Medical and sanitary report of the native army of Bengal for the year
Year: 1876
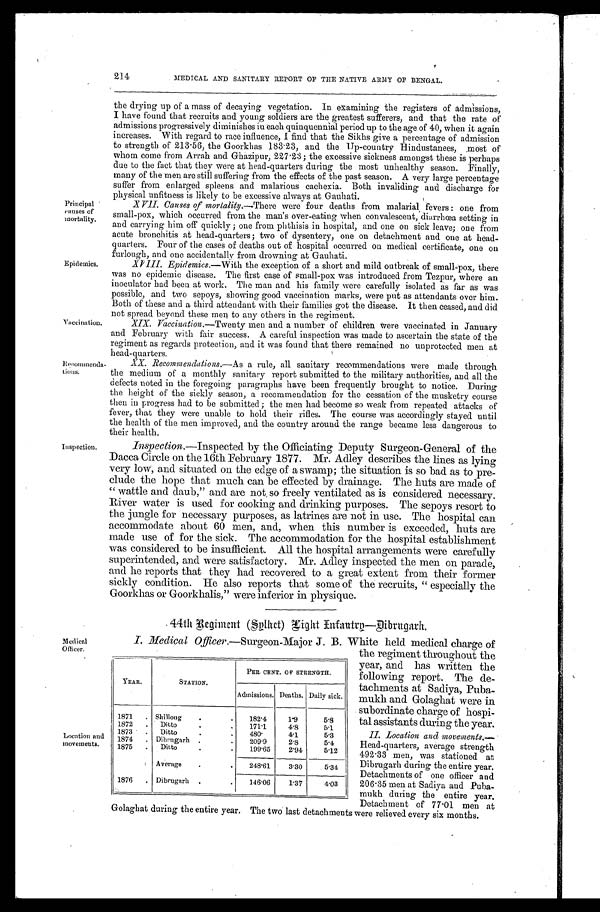
214
MEDICAL AND SANITARY REPORT OF THE NATIVE ARMY OF BENGAL.
Principal '
causes of
mortality.
Epidemics.
Vaccination.
_Recommend;
tions.
Inspection.
the drying up of a mass of decaying vegetation. In examining the registers of admissions,
I have found that recruits and young soldiers are the greatest sufferers, and that the rate of
admissions progressively diminishes in each quinquennial period up to the age of 40, when it again
increases. With regard to race influence, I find that the Sikhs give a percentage of admission
to strength of 213.56, the Goorkhas 183.23, and the Up-country Ilindustanees, most of
whom come from Arrah and Ghazipur, 227.23; the excessive sickness amongst these is perhaps
due to the fact that they were at head-quarters during the most unhealthy season. Finally,
many of the men are still suffering from the effects of the past season. A very large percentage
suffer from enlarged spleens and malarious cachexia. Both invaliding and discharge for
physical unfitness is likely to be excessive always at Gauhati.
X VII. Causes of mortality.-There were four deaths from malarial fevers: one from
small-pox, which occurred from the man' s over-eating when convalescent, diarrhœa setting in
and carrying him off quickly; one from phthisis in hospital, and one On sick leave; one from
acute bronchitis at head-quarters; two of dysentery, one on detachment and one at head-
quarters. Four of the cases of deaths out of hospital occurred on medical certificate, one on
furlough, and one accidentally from drowning at Gauhati.
XVIII. Epidemics.— With the exception of a short and mild outbreak of small-pox, there
was no epidemic disease. The first case of small-pox was introduced from Tezpur, where an
inoculator had been at work. The man and his family were carefully isolated as far as was
possible, and two sepoys, showing good vaccination marks, were put as attendants over him.
Both of these and a third attendant with their families got the disease. It then ceased, and di
d n o t s p r e a d b e y o n d t h e s e m e n t o a n y o t h e r s i n t h e r e g i m e n t .
XIX.
Vaccination.-
Twenty men and a number of' children were vaccinated in January
and February with fair success. A careful inspection was made to ascertain the state of the
regiment as regards protection, and it was found that there remained no unprotected men at
head-quarters.
XX. Recommendations.—As a rule, all sanitary recommendations were made through
the medium of a monthly sanitary report submitted to the military authorities, and all the
defects noted in the foregoing paragraphs have been frequently brought to notice. During
the height of the sickly season, a recommendation for the cessation of the musketry course
then in progress had to be submitted ; the men had become so weak from repeated attacks of
fever, that they were unable to hold their rifles. The course was accordingly stayed until
the health of the men improved, and the country around the range became less dangerous to
their health.
Inspection. —Inspected by the Officiating Deputy Surgeon-General of the
Dacca Circle on the 16th February 1877. Mr. Adley describes the lines as lying
very low, and situated on the edge of a swamp; the situation is so bad as to pre-
clude the hope that much can be effected by drainage. The huts are made of
"wattle and daub," and are not so freely ventilated as is considered necessary.
River water is used for cooking and drinking purposes. The sepoys resort to
the jungle for necessary purposes, as latrines are not in use. The hospital can
accommodate about 60 men, and, when this number is exceeded, huts are
made use of for the sick. The accommodation for the hospital establishment
was considered to be insufficient. All the hospital arrangements were carefully
superintended, and were satisfactory. Mr. Adley inspected the men on parade,
and he reports that they had recovered to a great extent from their former
sickly condition. He also reports that some of the recruits, " especially the
Goorkhas or Goorkhalis," were inferior in physique.
44th Regiment (Splhet) Hight Infantrp-Dibrgarh.
'Medical
Officer.
Location and
movements.
I. Medical Officer.—Surgeon-Major J. B.
YEAR.
STATION.
PER CENT. OF STRENGTH.
Admissions. Deaths. Daily sick.
1871
Shillong
1 8 2 . 4
1 . 9
5 . 8
1872
Ditto
1 7 1 . 1
4 . 8
5.1
1873
Ditto
4 8 0 .
4 . 1
5.3
1874
Dibrugaarh
2 0 9 . 9
2 . 8
5.4
1875
Ditto
1 9 9 . 6 5
2 . 9 4 5.12
Average
2 4 8 . 6 1
3 . 3 0
5.34
1876
Dibrugarh
1 4 6 . 0 6
1 . 3 7
4 . 0 3
W h i t e h e l d m e d i c a l c h a r g e o f
the regiment throughout the
year, and has written the
following report. The de-
tachments at Sadiya, Puba-
mukh and Golaghat were in
subordinate charge of hospi
- t a l a s s i s t a n t s d u r i n g t h e y e a r .
II. Location and movements.—
Head-quarters, average strength
492.33 men, was stationed at
Dibrugarh during the entire year.
Detachments of one officer and
206 . 35 men at Sadiya and Puba-
mukh during the entire year.
Detachment of 77 . 01 men at
uoiagnat during the entire year. The two last detachments were relieved every six months.